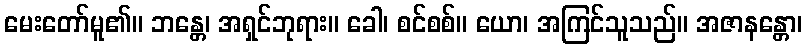
မေးတော်မူ၏။ ဘန္တေ၊ အရှင်ဘုရား။ ခေါ၊ စင်စစ်။ ယော၊ အကြင်သူသည်။ အဇာနန္တော၊